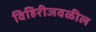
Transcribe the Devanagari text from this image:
विहिरीजवळील